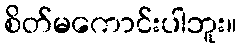
စိတ်မကောင်းပါဘူး။